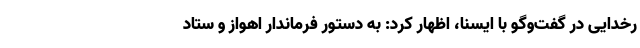
رخدایی در گفت‌وگو با ایسنا، اظهار کرد: به دستور فرماندار اهواز و ستاد